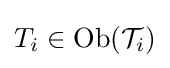
T_{i}\in \operatorname {Ob} ({\mathcal {T}}_{i})